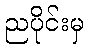
ညပိုင်းမှ